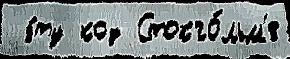
 э́ту код Стокго́льм'е